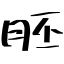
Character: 胚